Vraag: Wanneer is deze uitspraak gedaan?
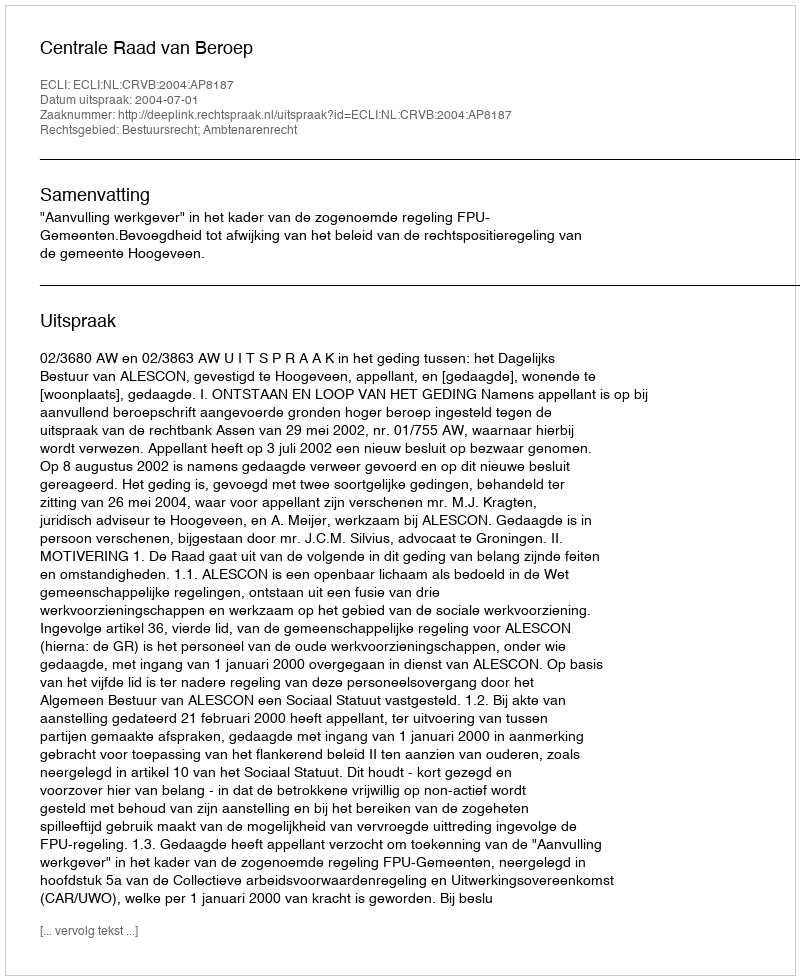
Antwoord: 2004-07-01